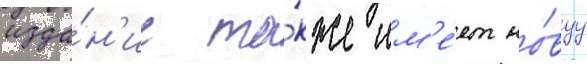
изда́н'ие та́кже им'е́ет но́вуу